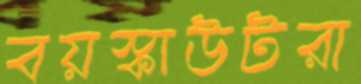
বয়স্কাউটরা